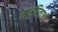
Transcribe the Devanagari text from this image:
मधुरिताची